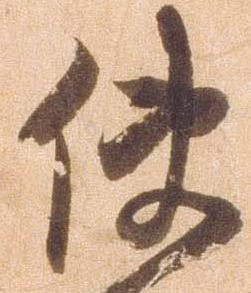
使